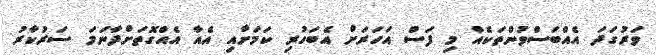
ވަރުގަދަ އެއްބަސްވުންތަކެއް މި ފަސް އަހަރަށް އެބަހުރި ކަމަށާއި އެއާ އެއްގޮތަށްދާނަމަ ސަރުކާރު